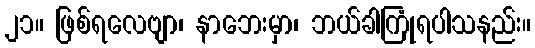
၂၁။ ဖြစ်ရလေဗျာ၊ နာဘေးမှာ၊ ဘယ်ခါကြုံရပါသနည်း။